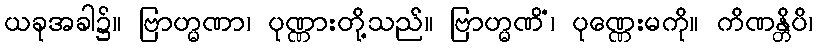
ယခုအခါ၌။ ဗြာဟ္မဏာ၊ ပုဏ္ဏားတို့သည်။ ဗြာဟ္မဏိံ၊ ပုဏ္ဏေးမကို။ ကိဏန္တိပိ၊